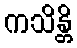
ကသိန္တိ